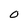
Character: O